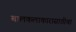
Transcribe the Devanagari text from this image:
बालकलाकारासाठीचा